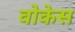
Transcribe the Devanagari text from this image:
वोकेस